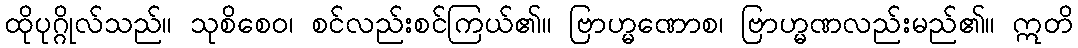
ထိုပုဂ္ဂိုလ်သည်။ သုစိစေဝ၊ စင်လည်းစင်ကြယ်၏။ ဗြာဟ္မဏောစ၊ ဗြာဟ္မဏလည်းမည်၏။ ဣတိ